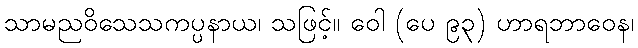
သာမညဝိသေသကပ္ပနာယ၊ သဖြင့်။ ဝေါ (ပေ ၉၃) ဟာရဘာဝေန၊